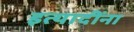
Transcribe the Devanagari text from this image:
इत्‍यादींना